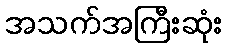
အသက်အကြီးဆုံး